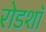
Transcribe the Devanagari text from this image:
रोडशाॅ